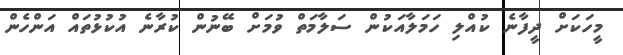
މީހަކަށް ދީފާނެ ކުއްލި ހަމަލާއަކުން ސަލާމަތް ވުމަށް ބޭނުން ކުރާނެ އުކުޅުތައް އަންހެން